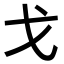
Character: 戈